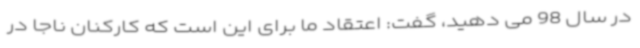
در سال 98 می دهید، گفت: اعتقاد ما برای این است که کارکنان ناجا در